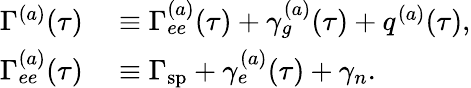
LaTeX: \begin{array}{rl}{\Gamma^{(a)}(\tau)}&{{}\equiv\Gamma_{ee}^{(a)}(\tau)+\gamma_{g}^{(a)}(\tau)+q^{(a)}(\tau),}\\ {\Gamma_{ee}^{(a)}(\tau)}&{{}\equiv\Gamma_{\mathrm{sp}}+\gamma_{e}^{(a)}(\tau)+\gamma_{n}.}\end{array}